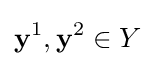
\mathbf {y} ^{1},\mathbf {y} ^{2}\in Y